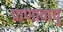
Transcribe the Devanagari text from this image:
प्राणावायु